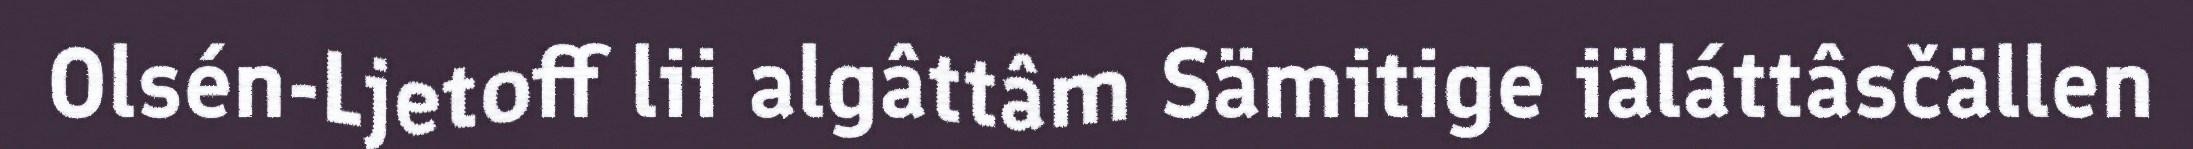
Olsén-Ljetoff lii algâttâm Sämitige iäláttâsčällen